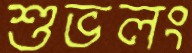
শুভলং